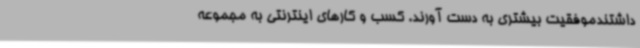
داشتندموفقیت بیشتری به دست آورند. کسب و کارهای اینترنتی به مجموعه